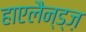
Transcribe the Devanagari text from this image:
हाएलैन्ड्ज़